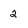
Character: 2